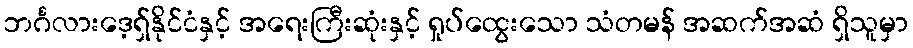
ဘင်္ဂလားဒေ့ရှ်နိုင်ငံနှင့် အရေးကြီးဆုံးနှင့် ရှုပ်ထွေးသော သံတမန် အဆက်အဆံ ရှိသူမှာ